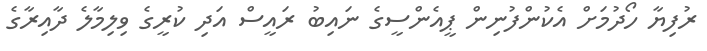
ރުފިޔާ ހޯދުމަށް އެކުންފުނިން ޕީއެންސީގެ ނައިބު ރައީސް އަދި ކުރީގެ ވިލިމާލެ ދާއިރާގެ